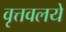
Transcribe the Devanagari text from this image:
वृत्तवलये